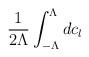
LaTeX: \begin{align*}\frac{1}{2 \Lambda} \int_{-\Lambda}^{\Lambda} d c_{l}\end{align*}